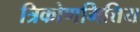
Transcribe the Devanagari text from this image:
त्रिकोणमित्तिय